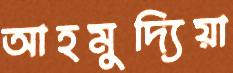
আহমুদ্যিয়া